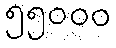
၅၅၀၀၀